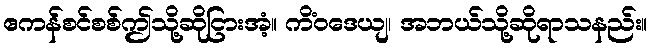
ဧကန်စင်စစ်ဤသို့ဆိုငြားအံ့။ ကိံဝဒေယျ၊ အဘယ်သို့ဆိုရာသနည်း။